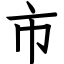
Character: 市